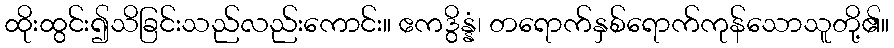
ထိုးထွင်း၍သိခြင်းသည်လည်းကောင်း။ ဧကဒွိန္နံ၊ တရောက်နှစ်ရောက်ကုန်သောသူတို့၏။